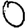
Digit: 0